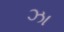
ઝા